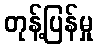
တုန့်ပြန်မှု